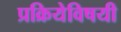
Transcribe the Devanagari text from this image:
प्रक्रियेविषयी